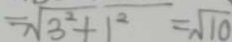
= \sqrt { 3 ^ { 2 } + 1 ^ { 2 } } = \sqrt { 1 0 }